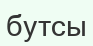
бутсы